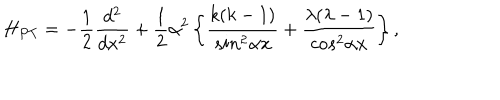
LaTeX: H _ { P T } = - \frac { 1 } { 2 } \frac { d ^ { 2 } } { d x ^ { 2 } } + \frac { 1 } { 2 } \alpha ^ { 2 } \left\{ \frac { k ( k - 1 ) } { s i n ^ { 2 } \alpha { x } } + \frac { \lambda ( \lambda - 1 ) } { c o s ^ { 2 } \alpha { x } } \right\} ,